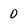
Character: 0